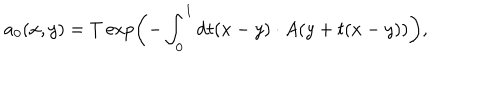
a _ { 0 } ( x , y ) = T \exp \left( - \int _ { 0 } ^ { 1 } \mathrm { d } t ( x - y ) \cdot A ( y + t ( x - y ) ) \right) ,